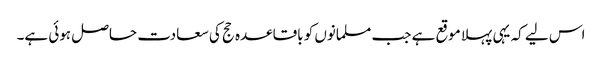
اس لیے کہ یہی پہلا موقع ہے جب مسلمانوں کو باقاعدہ حج کی سعادت حاصل ہوئی ہے۔